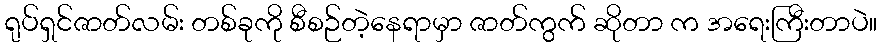
ရုပ်ရှင်ဇာတ်လမ်း တစ်ခုကို စီစဉ်တဲ့နေရာမှာ ဇာတ်ကွက် ဆိုတာ က အရေးကြီးတာပဲ။